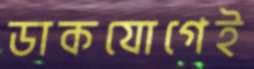
ডাকযোগেই